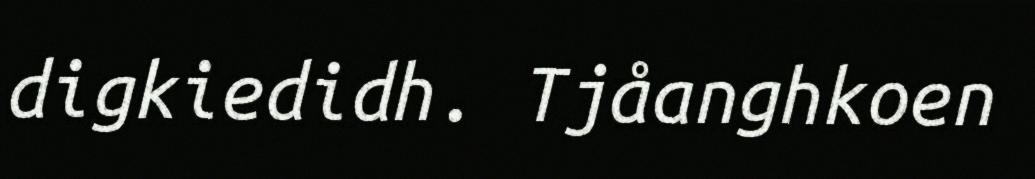
digkiedidh. Tjåanghkoen